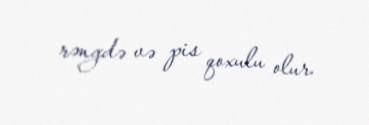
rəngdə və pis qoxulu olur.